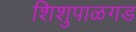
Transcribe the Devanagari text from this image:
शिशुपाळगड